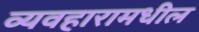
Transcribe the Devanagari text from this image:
व्यवहारामधील